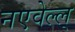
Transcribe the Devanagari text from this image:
नएवेल्ल्